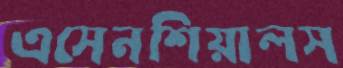
এসেনশিয়ালস